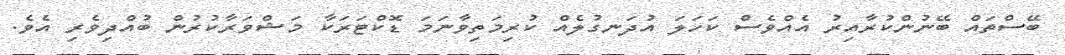
ބޭސްތައް ބޭނުންކުރާއިރު އެއްވެސް ކަހަލަ އުދަނގުލެއް ކުރިމަތިވާނަމަ ޑޮކްޓަރަކާ މަޝްވަރާކުރުން ބުއްދިވެރި އެވެ.